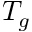
T _ { g }